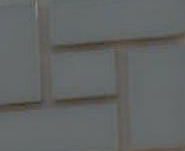
E